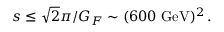
s \leq \sqrt 2 \pi / G _ { F } \sim ( 6 0 0 ~ \mathrm { G e V } ) ^ { 2 } \, .